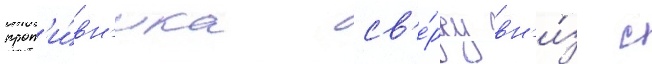
прот'и́вн'ика св'е́рху вн'и́з с